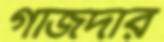
গাজদার